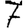
Digit: 7